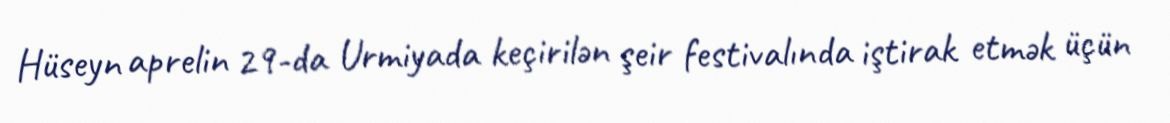
Hüseyn aprelin 29-da Urmiyada keçirilən şeir festivalında iştirak etmək üçün